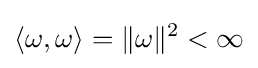
\langle \omega ,\omega \rangle =\|\omega \|^{2}<\infty